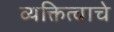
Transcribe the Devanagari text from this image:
व्यक्तित्वाचे